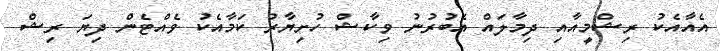
އެއާއެކު ރިޝްމީއާއި ދިމާލައް އެބުރުނު ވިކާޝް ހުށިޔާރު ކަމާއެކު ވެއްޓެން ދިޔަ ރިޝް